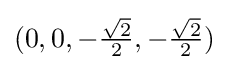
(0,0,-{\tfrac {\sqrt {2}}{2}},-{\tfrac {\sqrt {2}}{2}})